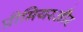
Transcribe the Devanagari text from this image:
प्रीमियरऔर